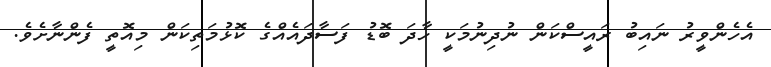
އެހެންވީރު ނައިބު ރައީސްކަން ނުދިނުމަކީ ހާދަ ބޮޑު ފަސާދައެއްގެ ކޮޅުމަތިކަން މިއޮތީ ފެންނާށެވެ.